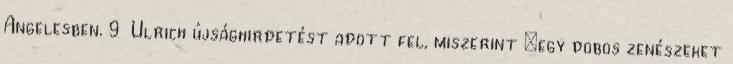
Angelesben. 9 Ulrich újsághirdetést adott fel, miszerint „egy dobos zenészeket